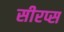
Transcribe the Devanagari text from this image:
सीरप्स